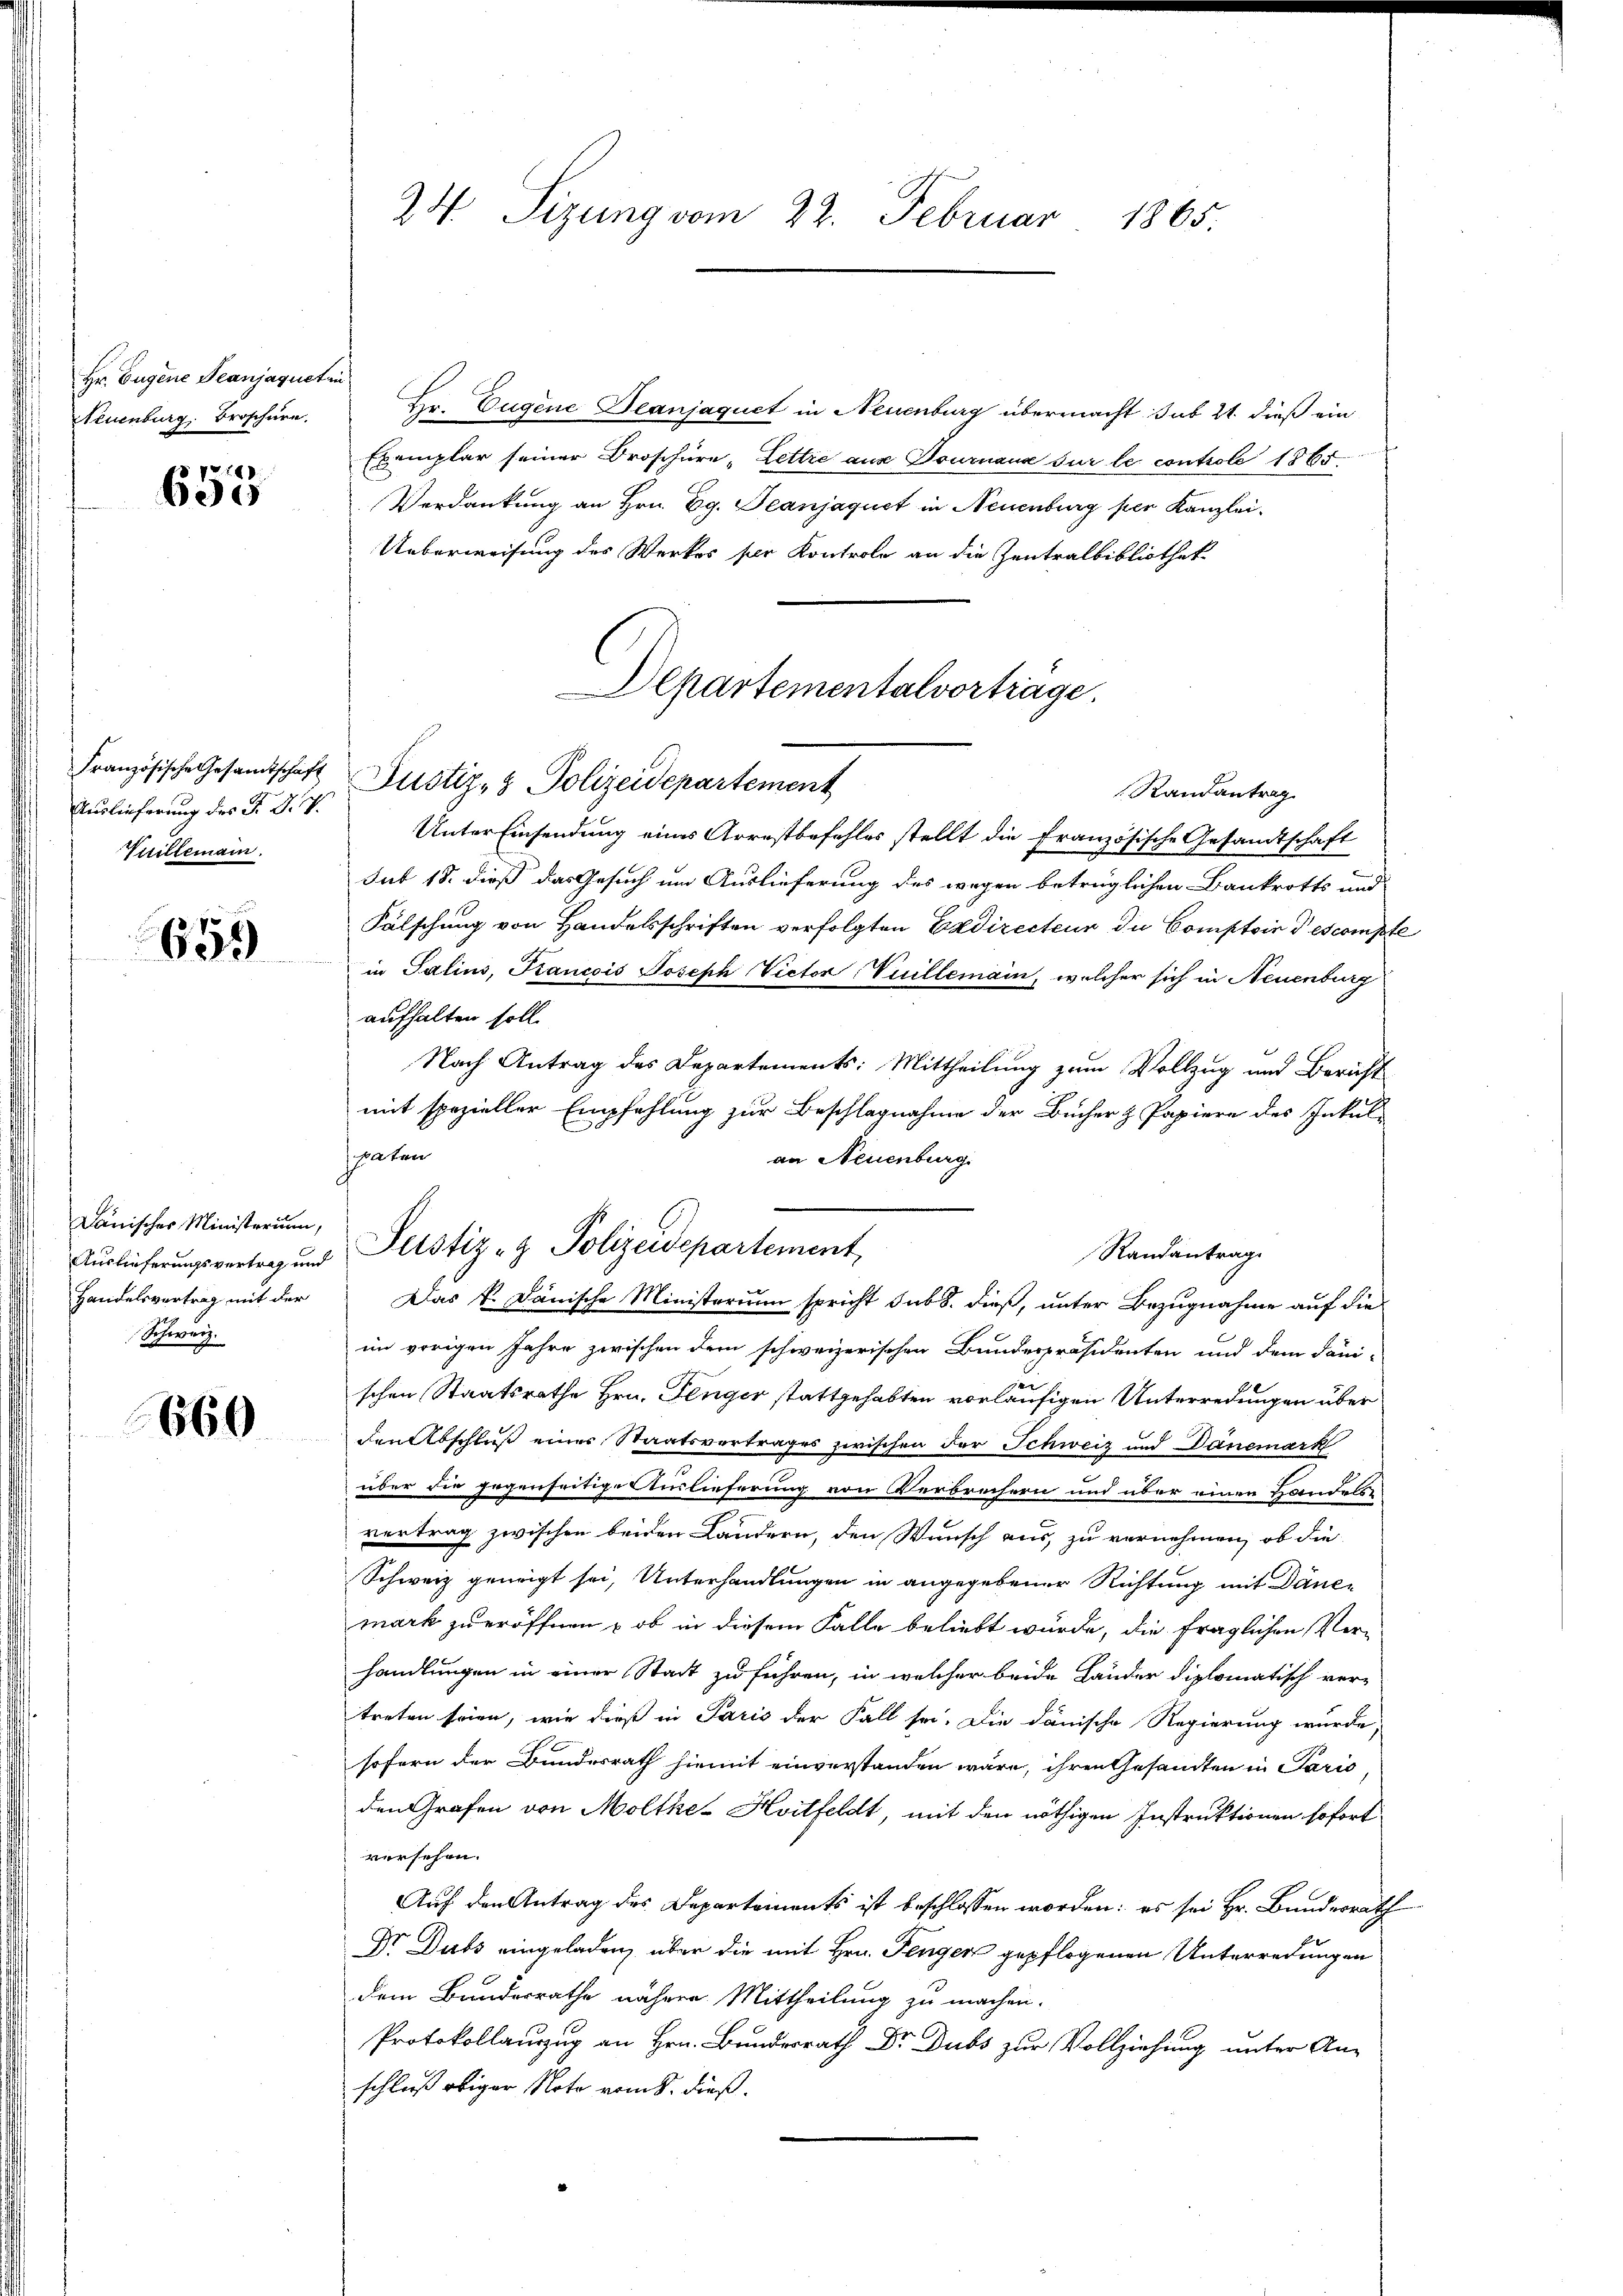
Hr. Eugene Beanjaquet in
Neuenburg. Broschüre

pr. 181
630

Französische Gesandtschaft
Auslieferung des P. D. W.
Vitillemann.

e
005

Dänischer Ministerium,
Handelsvertrag mit der
Schweiz.

669

Hr. Eugene Beanjaquet in Neuenburg übermacht sub 21. dieß ein
Exemplar seiner Broschüre „Lettre aus Journaux sur le controle 1865
Verdankung an Hrn. Eg. Jeanjaquet in Neuenburg per Kanzlei-
Ueberweisung des Werkes ser Kontrole an die Zentralbibliothek
Unter Einsendung eines Arrestbefehles stellt die französische Gesandtschaft
Sut 18. dieß das Gesuch um Auslieferung des wegen betrüglichen Bankrotts und
Fälschung von Handelsschriften verfolgten Exdirecteur in Comptoir descompte
in Salins, Krancois Joseph Victor Vuillemain, welcher sich in Neuenburg
aufhalten soll.
Nach Antrag des Departements: Mittheilung zum Vollzug und Bericht
mit spezieller Empfehlung zur Beschlagnahme der Bücher & Papiere des Inkul-
spaten
an Neuenburg.
Randantrag
Das k. Dänische Ministerium spricht sub 8. dieß, unter Bezugnahme auf die
im vorigen Jahre zwischen dem schweizerischen Bundespräsidenten und dem Sani-
schen Staatsrathe Hrn. Fenger stattgehabten vorläufigen Unterredungen über
den Abschluß einer Staatsvertrages zwischen der Schweiz und Danemark
über die gegenseitige Auslieferung von Verbrechern und über einen Handels
vertrag zwischen beiden Landern, den Wunsch aus, zu vernehmen, ob die
Schweiz geneigt sei, Unterhandlungen in angegebener Richtung mit Danemark zu eröffnen – ob in diesem Falle beliebt wurde, die fraglichen Verhandlungen in einer Stadt zu führen, in welcher beide Länder diplomatisch vertreten seien, wie dieß in Paris der Fall sei. Die danische Regierung wurde,
sofern der Bundesrath hiemit einverstanden wäre, ihren Gesandten in Paris
den Grafen von Moltke- Hoitfeldt, mit den nöthigen Instruktionen sofort
versehen.
Auf den Antrag des Departements ist beschlossen worden: es sei Hr. Bundesrath
Dr Dutz eingeladen, über die mit Hrn. Fengen gepflogenen Unterredungen
dem Bundesrathe nähere Mittheilung zu machen.
Protokollauszug an Hrn. Bundesrath Dr. Dubs zur Vollziehung unter An-
schließ obiger Note vom 8. dieß.

24. Sizung vom 22. Februar 1865.

Departementalvortrage
Justiz- & Polizeidepartement
Randantrag

Auslieferungsvertrag und Justiz- & Polizeidepartement,